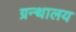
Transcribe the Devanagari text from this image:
ग्रन्‍थालय